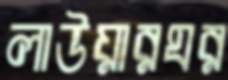
লাউয়ারঘর